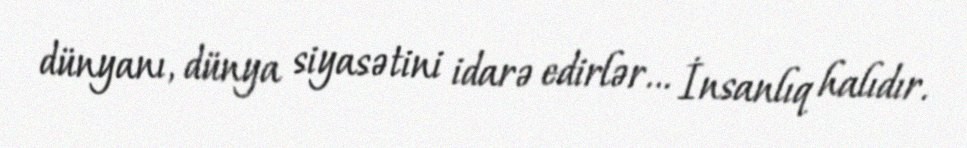
dünyanı, dünya siyasətini idarə edirlər... İnsanlıq halıdır.